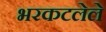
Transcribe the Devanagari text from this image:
भरकटलेले